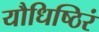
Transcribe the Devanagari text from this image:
यौधिष्ठिरं